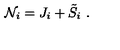
{ \cal N } _ { i } = J _ { i } + { \tilde { S } } _ { i } \ .